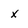
Character: x